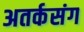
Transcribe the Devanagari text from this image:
अतर्कसंग